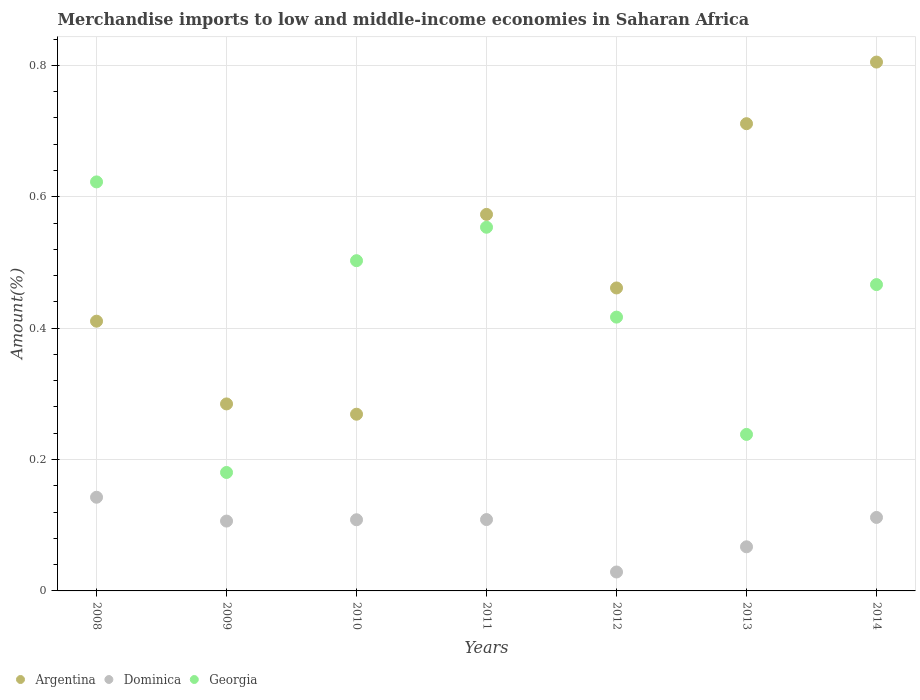
| Years | Argentina | Dominica | Georgia |
 | --- | --- | --- | --- |
 | 2008 | 0.411 | 0.143 | 0.623 |
 | 2009 | 0.285 | 0.106 | 0.18 |
 | 2010 | 0.269 | 0.108 | 0.503 |
 | 2011 | 0.573 | 0.109 | 0.554 |
 | 2012 | 0.461 | 0.0288 | 0.417 |
 | 2013 | 0.711 | 0.0672 | 0.238 |
 | 2014 | 0.805 | 0.112 | 0.466 |